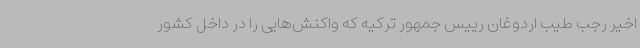
اخیر رجب طیب اردوغان رییس جمهور ترکیه که واکنش‌هایی را در داخل کشور